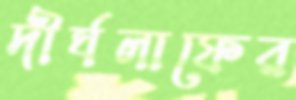
দীর্ঘলাফের